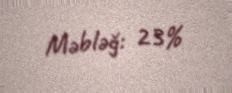
Məbləğ: 23%